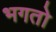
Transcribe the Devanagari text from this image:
भगतो